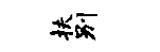
扶别